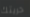
حريتك